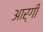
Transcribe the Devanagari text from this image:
आर्गी